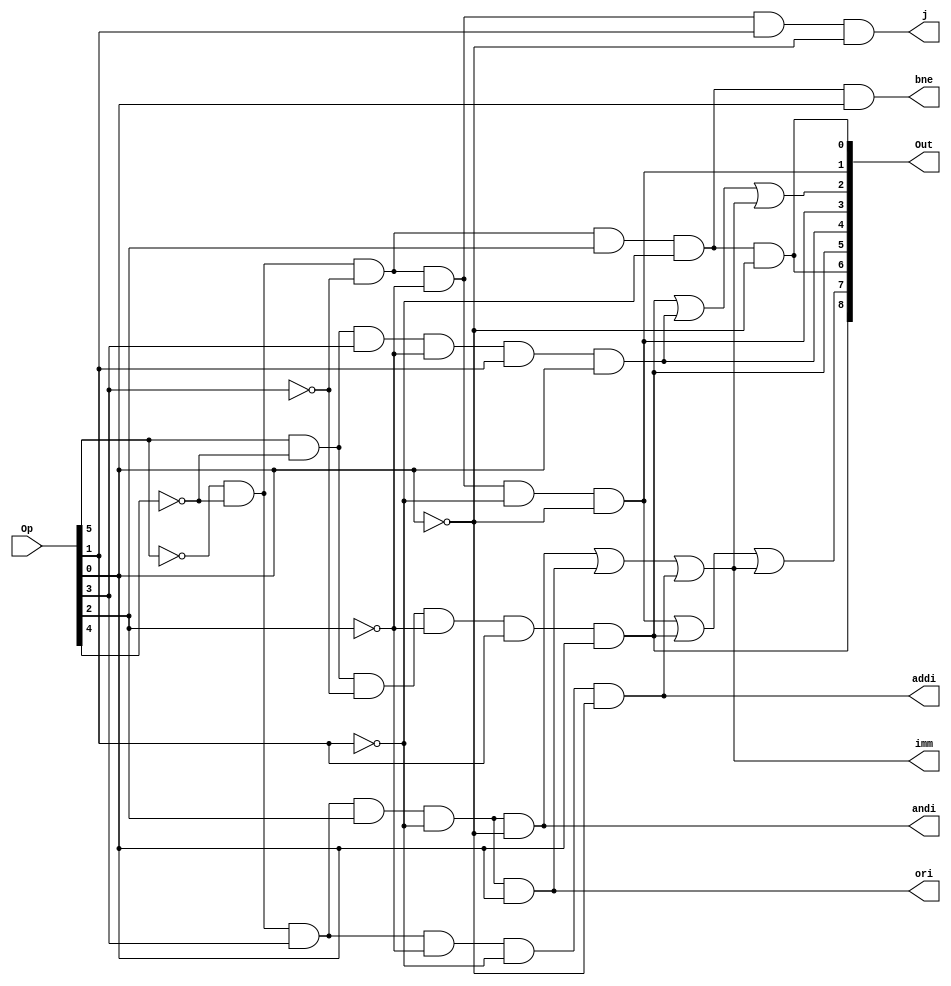
module control_flow (Op,Out,j,bne,imm,andi,ori,addi);

input [5:0] Op;
output[8:0] Out;
output j,bne,imm,andi,ori,addi;

wire regdst,alusrc,memtoreg,regwrite,memread,memwrite,branch;

//determines type of instruction
wire r = ~Op[5]&~Op[4]&~Op[3]&~Op[2]&~Op[1]&~Op[0];
wire lw = Op[5]&~Op[4]&~Op[3]&~Op[2]&Op[1]&Op[0];
wire sw = Op[5]&~Op[4]&Op[3]&~Op[2]&Op[1]&Op[0];
wire beq = ~Op[5]&~Op[4]&~Op[3]&Op[2]&~Op[1]&~Op[0];
wire bne = ~Op[5]&~Op[4]&~Op[3]&Op[2]&~Op[1]&Op[0];
wire j = ~Op[5]&~Op[4]&~Op[3]&~Op[2]&Op[1]&~Op[0];
wire andi = ~Op[5]&~Op[4]&Op[3]&Op[2]&~Op[1]&~Op[0];
wire ori = ~Op[5]&~Op[4]&Op[3]&Op[2]&~Op[1]&Op[0];
wire addi = ~Op[5]&~Op[4]&Op[3]&~Op[2]&~Op[1]&~Op[0];
wire imm = andi|ori|addi; //immediate value type

//seperate control arrays for reference
wire [3:0] EXE;
wire [2:0] M;
wire [1:0] WB;

// microcode control
assign regdst = r;
assign alusrc = lw|sw|imm;
assign memtoreg = lw;
assign regwrite = r|lw|imm;
assign memread = lw;
assign memwrite = sw;
assign branch = beq;

// EXE control
assign EXE[3] = regdst;
assign EXE[2] = alusrc;
assign EXE[1] = r;
assign EXE[0] = beq;

//M control
assign M[2] = branch;
assign M[1] = memread;
assign M[0] = memwrite;

//WB control
assign WB[1] = memtoreg; //not same as diagram
assign WB[0] = regwrite;

//output control
assign Out[8:7] = WB;
assign Out[6:4] = M;
assign Out[3:0] = EXE;

endmodule